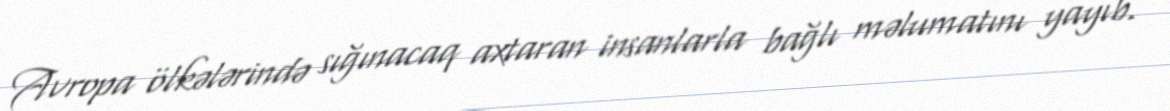
Avropa ölkələrində sığınacaq axtaran insanlarla bağlı məlumatını yayıb.